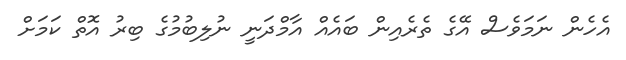
އެހެން ނަމަވެސް އޭގެ ތެރެއިން ބައެއް އާމްދަނީ ނުލިބުމުގެ ބިރު އޮތް ކަމަށް